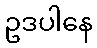
ဥဒပါနေ